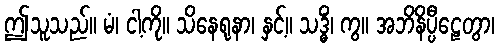
ဤသူသည်။ မံ၊ ငါ့ကို။ သိနေရုနာ၊ နှင့်။ သဒ္ဓိံ၊ ကွ။ အဘိနိပ္ပီဠေတွာ၊